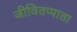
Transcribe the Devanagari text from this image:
जीवितप्पाता